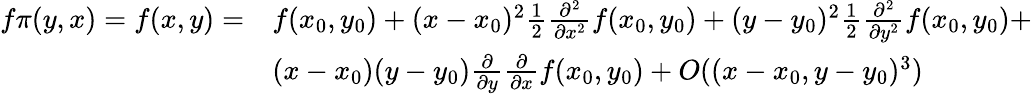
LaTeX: \begin{array}{rl}{f\pi(y,x)=f(x,y)=}&{f(x_{0},y_{0})+(x-x_{0})^{2}\frac{1}{2}\frac{\partial^{2}}{\partial x^{2}}f(x_{0},y_{0})+(y-y_{0})^{2}\frac{1}{2}\frac{\partial^{2}}{\partial y^{2}}f(x_{0},y_{0})+}\\ &{(x-x_{0})(y-y_{0})\frac{\partial}{\partial y}\frac{\partial}{\partial x}f(x_{0},y_{0})+O((x-x_{0},y-y_{0})^{3})}\end{array}